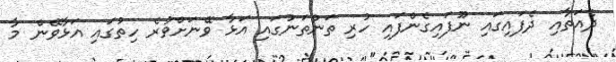
ދެއަތާއި ދެފައިގައި ނޫފައިގެންފައި ހުރި ތަންތަނުގައި އަޅާ ވޭނަށްވުރެ ހިތުގައި އަޅާވޭން މާ